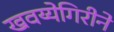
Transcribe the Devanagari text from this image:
खवय्येगिरीने